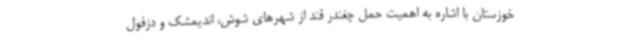
خوزستان با اشاره به اهمیت حمل چغندر قند از شهرهای شوش، اندیمشک و دزفول